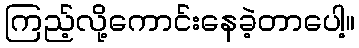
ကြည့်လို့ကောင်းနေခဲ့တာပေါ့။